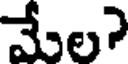
మేల?